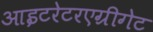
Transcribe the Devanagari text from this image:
आइटरेटरएग्रीगेट